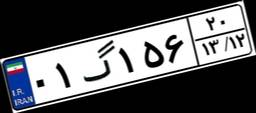
۶۴گ۹۰۶۹۰